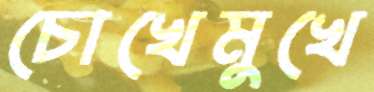
চোখেমুখে